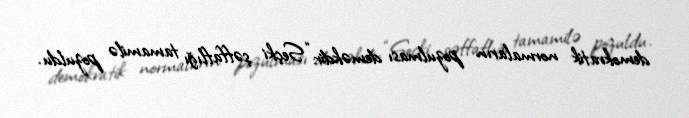
demokratik normaların pozulması deməkdir: “Seçki şəffaflığı tamamilə pozuldu.